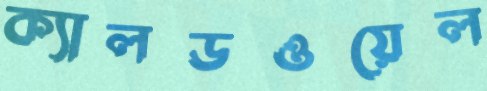
ক্যালডওয়েল